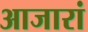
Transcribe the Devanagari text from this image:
आजारां